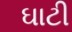
ઘાટી